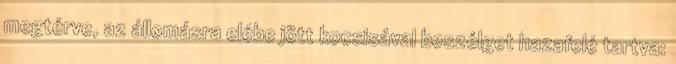
megtérve, az állomásra elébe jött kocsisával beszélget hazafelé tartva: